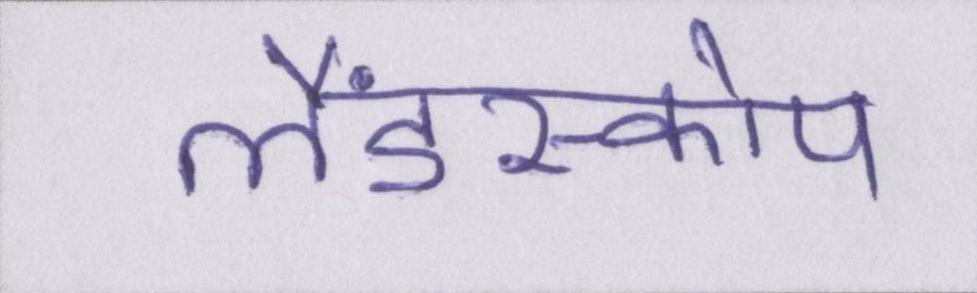
लैंडस्कोप